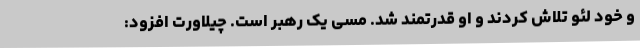
و خود لئو تلاش کردند و او قدرتمند شد. مسی یک رهبر است. چیلاورت افزود: